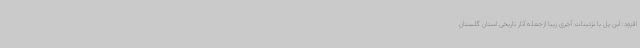
افزود: این پل با تزئینات آجری زیبا ازجمله آثار تاریخی استان گلستان